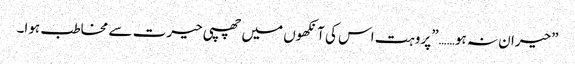
”حیران نہ ہو……”پروہت اس کی آنکھوں میں چھپی حیرت سے مخاطب ہوا۔